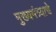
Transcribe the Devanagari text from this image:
मुख्यमंत्र्याचे